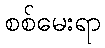
စစ်မေးရာ